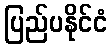
ပြည်ပနိုင်ငံ